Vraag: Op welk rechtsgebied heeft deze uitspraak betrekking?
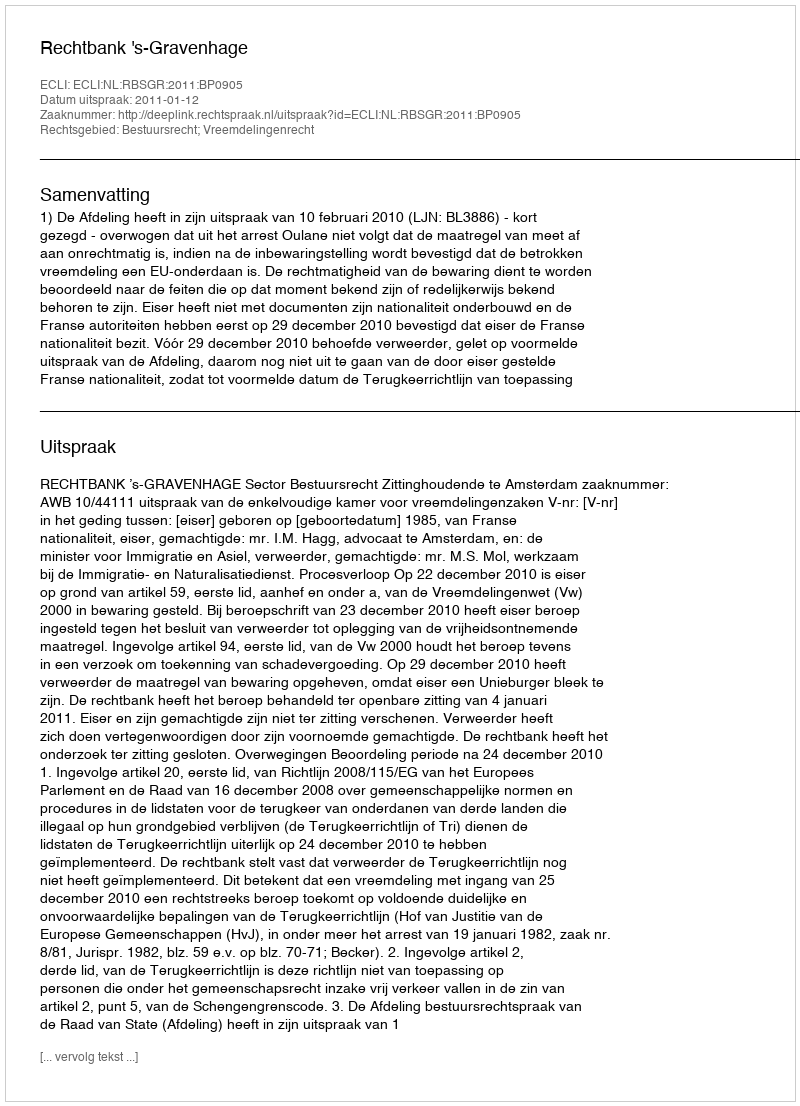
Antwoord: Bestuursrecht; Vreemdelingenrecht